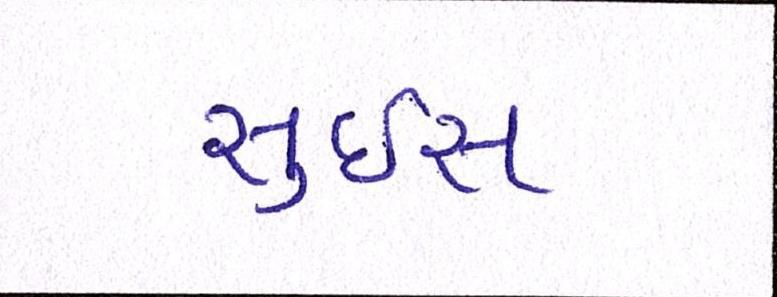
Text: સુઇસ